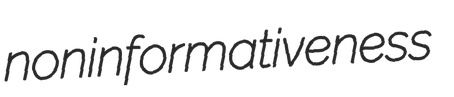
noninformativeness